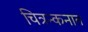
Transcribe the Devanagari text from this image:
चित्रन्कनात